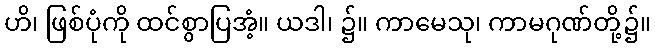
ဟိ၊ ဖြစ်ပုံကို ထင်စွာပြအံ့။ ယဒါ၊ ၌။ ကာမေသု၊ ကာမဂုဏ်တို့၌။